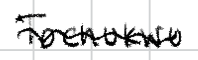
Text: Tochukwu
Cross-out: wave
Writing tool: digital_black